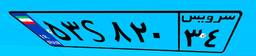
۵۳S۸۲۰۳۴